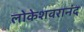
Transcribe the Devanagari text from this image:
लोकेशवरानंद